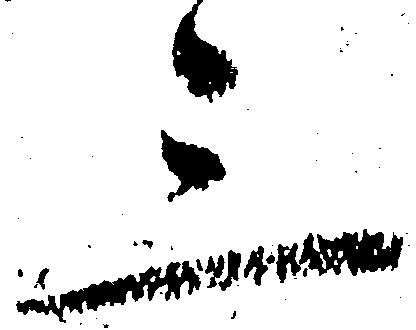
三